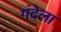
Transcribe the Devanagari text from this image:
गंदेला